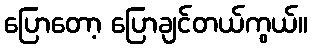
ပြောတော့ ပြောချင်တယ်ကွယ်။